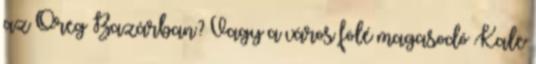
az Öreg Bazárban? Vagy a város fölé magasodó Kale